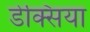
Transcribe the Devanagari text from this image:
डेक्सिया